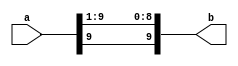
module divide_by_two
#(parameter WIDTH=10)
(a, b);
input [WIDTH-1:0] a;
output [WIDTH-1:0] b;

assign b = {a[WIDTH-1] , a[WIDTH-1:1]};

endmodule